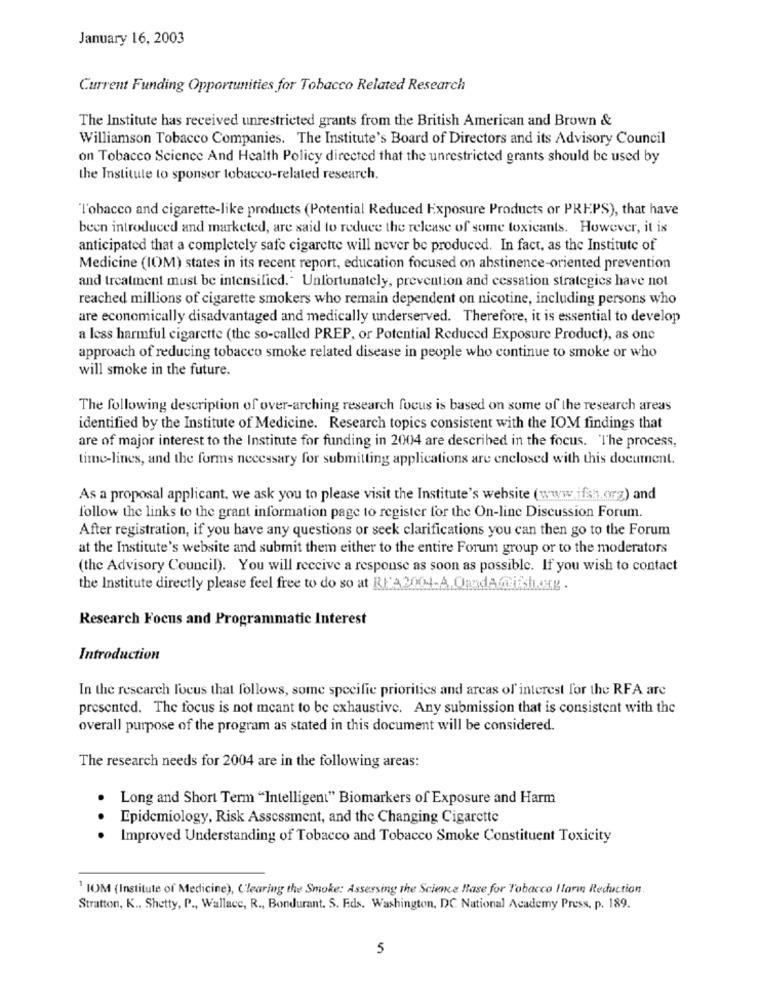
January 16, 2003
Current Funding Opportunities for Tobacco Related Research
The Institute has received unrestricted grants from the British American and Brown &
Williamson Tobacco Companies. The Institute's Board of Directors and its Advisory Council
on Tobacco Science And Health Policy directed that the unrestricted grants should be used by
the Institute to sponsor tobacco-related research.
Tobacco and cigarette-like products (Potential Reduced Exposure Products or PREPS), that have
been introduced and marketed, are said to reduce the release of some toxicants. However, it is
anticipated that a completely safe cigarette will never be produced. In fact, as the Institute of
Medicine (IOM) states in its recent report, education focused on abstinence-oriented prevention
and treatment must be intensified. Unfortunately, prevention and cessation strategies have not
reached millions of cigarette smokers who remain dependent on nicotine, including persons who
are economically disadvantaged and medically underserved. Therefore, it is essential to develop
a less harmful cigarette (the so-called PREP, or Potential Reduced Exposure Product), as one
approach of reducing tobacco smoke related disease in people who continue to smoke or who
will smoke in the future.
The following description of over-arching research focus is based on some of the research areas
identified by the Institute of Medicine. Research topics consistent with the IOM findings that
are of major interest to the Institute for funding in 2004 are described in the focus. The process,
time-lines, and the forms necessary for submitting applications are enclosed with this document.
As a proposal applicant, we ask you to please visit the Institute's website (www.ifsh).org) and
follow the links to the grant information page to register for the On-line Discussion Forum.
After registration, if you have any questions or seek clarifications you can then go to the Forum
at the Institute's website and submit them either to the entire Forum group or to the moderators
(the Advisory Council). You will receive a response as soon as possible. If you wish to contact
the Institute directly please feel free to do so at REA2004-A.QandAmish.carg .
Research Focus and Programmatic Interest
Introduction
In the research focus that follows, some specific priorities and areas of interest for the RFA are
presented. The focus is not meant to be exhaustive. Any submission that is consistent with the
overall purpose of the program as stated in this document will be considered.
The research needs for 2004 are in the following areas:
Long and Short Term "Intelligent" Biomarkers of Exposure and Harm
Epidemiology, Risk Assessment, and the Changing Cigarette
Improved Understanding of Tobacco and Tobacco Smoke Constituent Toxicity
1IOM (Institute of Medicine), Clearing the Smoke: Assessing the Science Base for Tobacco Harm Reduction.
Stratton, K ., Shetty, P ., Wallace, R ., Bondurant. S. Eds. Washington, DC National Academy Press, p. 189.
5